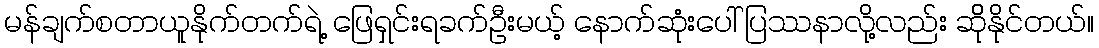
မန်ချက်စတာယူနိုက်တက်ရဲ့ ဖြေရှင်းရခက်ဦးမယ့် နောက်ဆုံးပေါ် ပြဿနာလို့လည်း ဆိိုနိုင်တယ်။